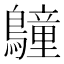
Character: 𪆏